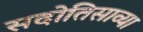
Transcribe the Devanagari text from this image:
सदोतिसाव्या